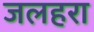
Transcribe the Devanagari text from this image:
जलहरा